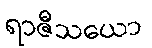
ရာဇီသယော